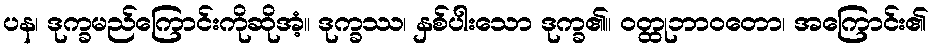
ပန၊ ဒုက္ခမည်ကြောင်းကိုဆိုအံ့။ ဒုက္ခဿ၊ နှစ်ပါးသော ဒုက္ခ၏။ ဝတ္ထုဘာဝတော၊ အကြောင်း၏